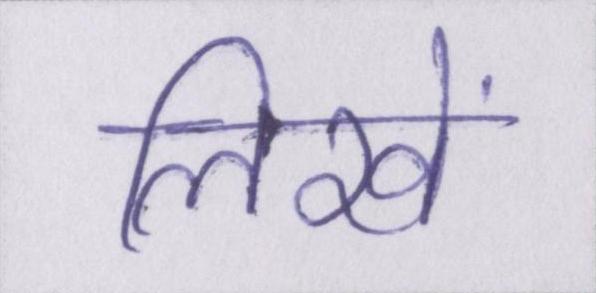
लिखें